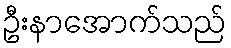
ဦးနာအောက်သည်